画像に写った文字を読んでください
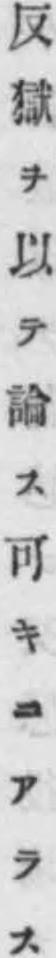
「反獄ヲ以テ論ス可キニアラス」と書いてあります